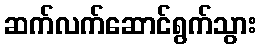
ဆက်လက်ဆောင်ရွက်သွား